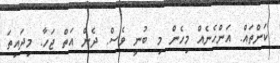
ކަންތައް. އަންހެނެއް މިހެން މި ބުނީ ވެސް. ދެން އަތް ޖަހާ. މިދައިތަ